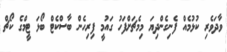
ވާދަވެރި ކުޅުމެއް ފެނިގެންދިޔަ މިމެޗަށްފަހު ގައުމީ ފިރިހެން ބާސްކެޓް ބޯޅަ ޓީމްގެ ކޯޗް